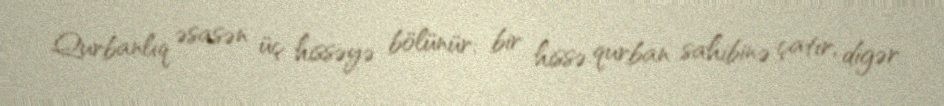
Qurbanlıq əsasən üç hissəyə bölünür: bir hissə qurban sahibinə çatır, digər